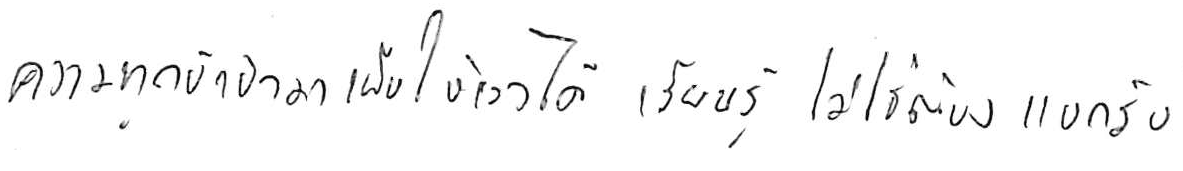
ความทุกข์ เข้ามาเพื่อให้เราได้ เรียนรู้ ไม่ใช่ต้อง แบกรับ